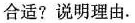
合适？说明理由.